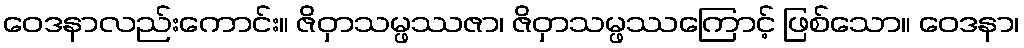
ဝေဒနာလည်းကောင်း။ ဇိဝှာသမ္ဖဿဇာ၊ ဇိဝှာသမ္ဖဿကြောင့် ဖြစ်သော။ ဝေဒနာ၊